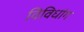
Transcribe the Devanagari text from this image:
विविधांग